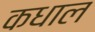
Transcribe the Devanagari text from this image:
कधाल